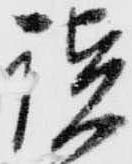
讃